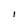
Character: l